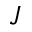
J